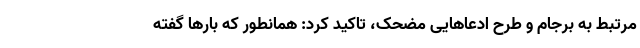
مرتبط به برجام و طرح ادعاهایی مضحک، تاکید کرد: همانطور که بارها گفته